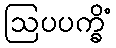
ဩပပက္ခိံ